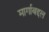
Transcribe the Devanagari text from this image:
मार्गाबद्दल